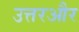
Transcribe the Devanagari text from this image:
उत्तरऔर